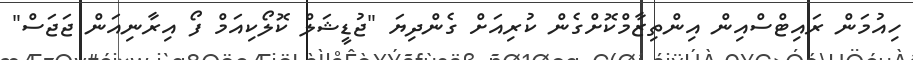
ހިއުމަން ރައިޓްސްއިން އިންތިޒާމްކޮށްގެން ކުރިއަށް ގެންދިޔަ "ޖުޑީޝަލް ކޮލޯކިއަމް ފޯ އިރާނިއަން ޖަޖަސް"